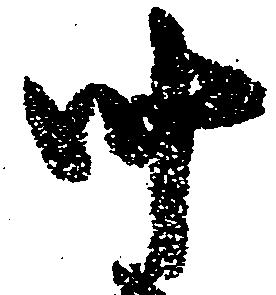
納